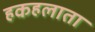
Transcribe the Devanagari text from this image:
हकहलाता